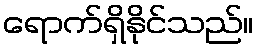
ရောက်ရှိနိုင်သည်။